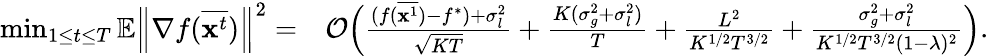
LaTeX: \begin{array}{rl}{\operatorname*{min}_{1\le t\le T}\mathbb{E}\left\| \nabla f(\overline{{\mathbf{x}^{t}}})\right\| ^{2}=}&{\mathcal{O}\Big(\frac{(f(\overline{{{\mathbf x}^{1}}})-f^{*})+\sigma_{l}^{2}}{\sqrt{KT}}+\frac{K(\sigma_{g}^{2}+\sigma_{l}^{2})}{T}+\frac{L^{2}}{K^{1/2}T^{3/2}}+\frac{\sigma_{g}^{2}+\sigma_{l}^{2}}{K^{1/2}T^{3/2}(1-\lambda)^{2}}\Big).}\end{array}